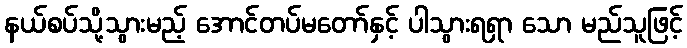
နယ်စပ်သို့သွားမည့် အောင်တပ်မတော်နှင့် ပါသွားရရှာ သော မည်သူဖြင့်